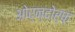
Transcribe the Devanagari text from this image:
ओर्न्दोर्फ़